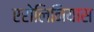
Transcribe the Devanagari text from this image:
एरोलिनियास